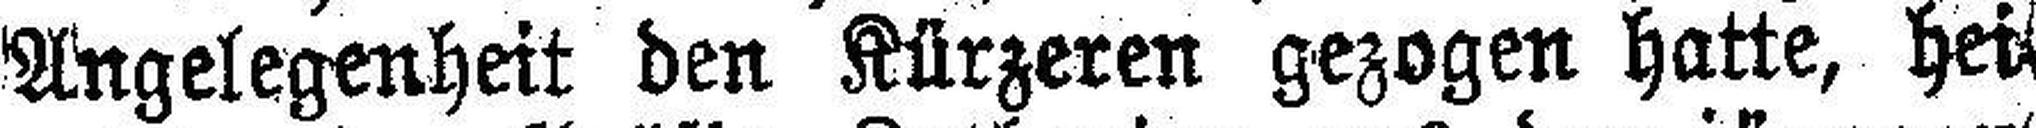
Angelegenheit den Kürzeren gezogen hatte, hei¬